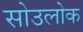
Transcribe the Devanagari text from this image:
सोउलोक